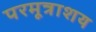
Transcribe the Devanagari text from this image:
परमूत्राशय